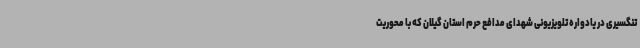
تنگسیری در یادواره تلویزیونی شهدای مدافع حرم استان گیلان که با محوریت